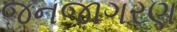
જનજાગરણ